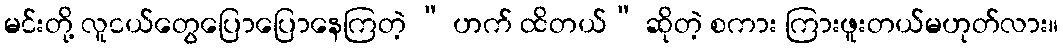
မင်းတို့ လူငယ်တွေပြောပြောနေကြတဲ့ “ ဟက် ထိတယ်” ဆိုတဲ့ စကား ကြားဖူးတယ်မဟုတ်လား။